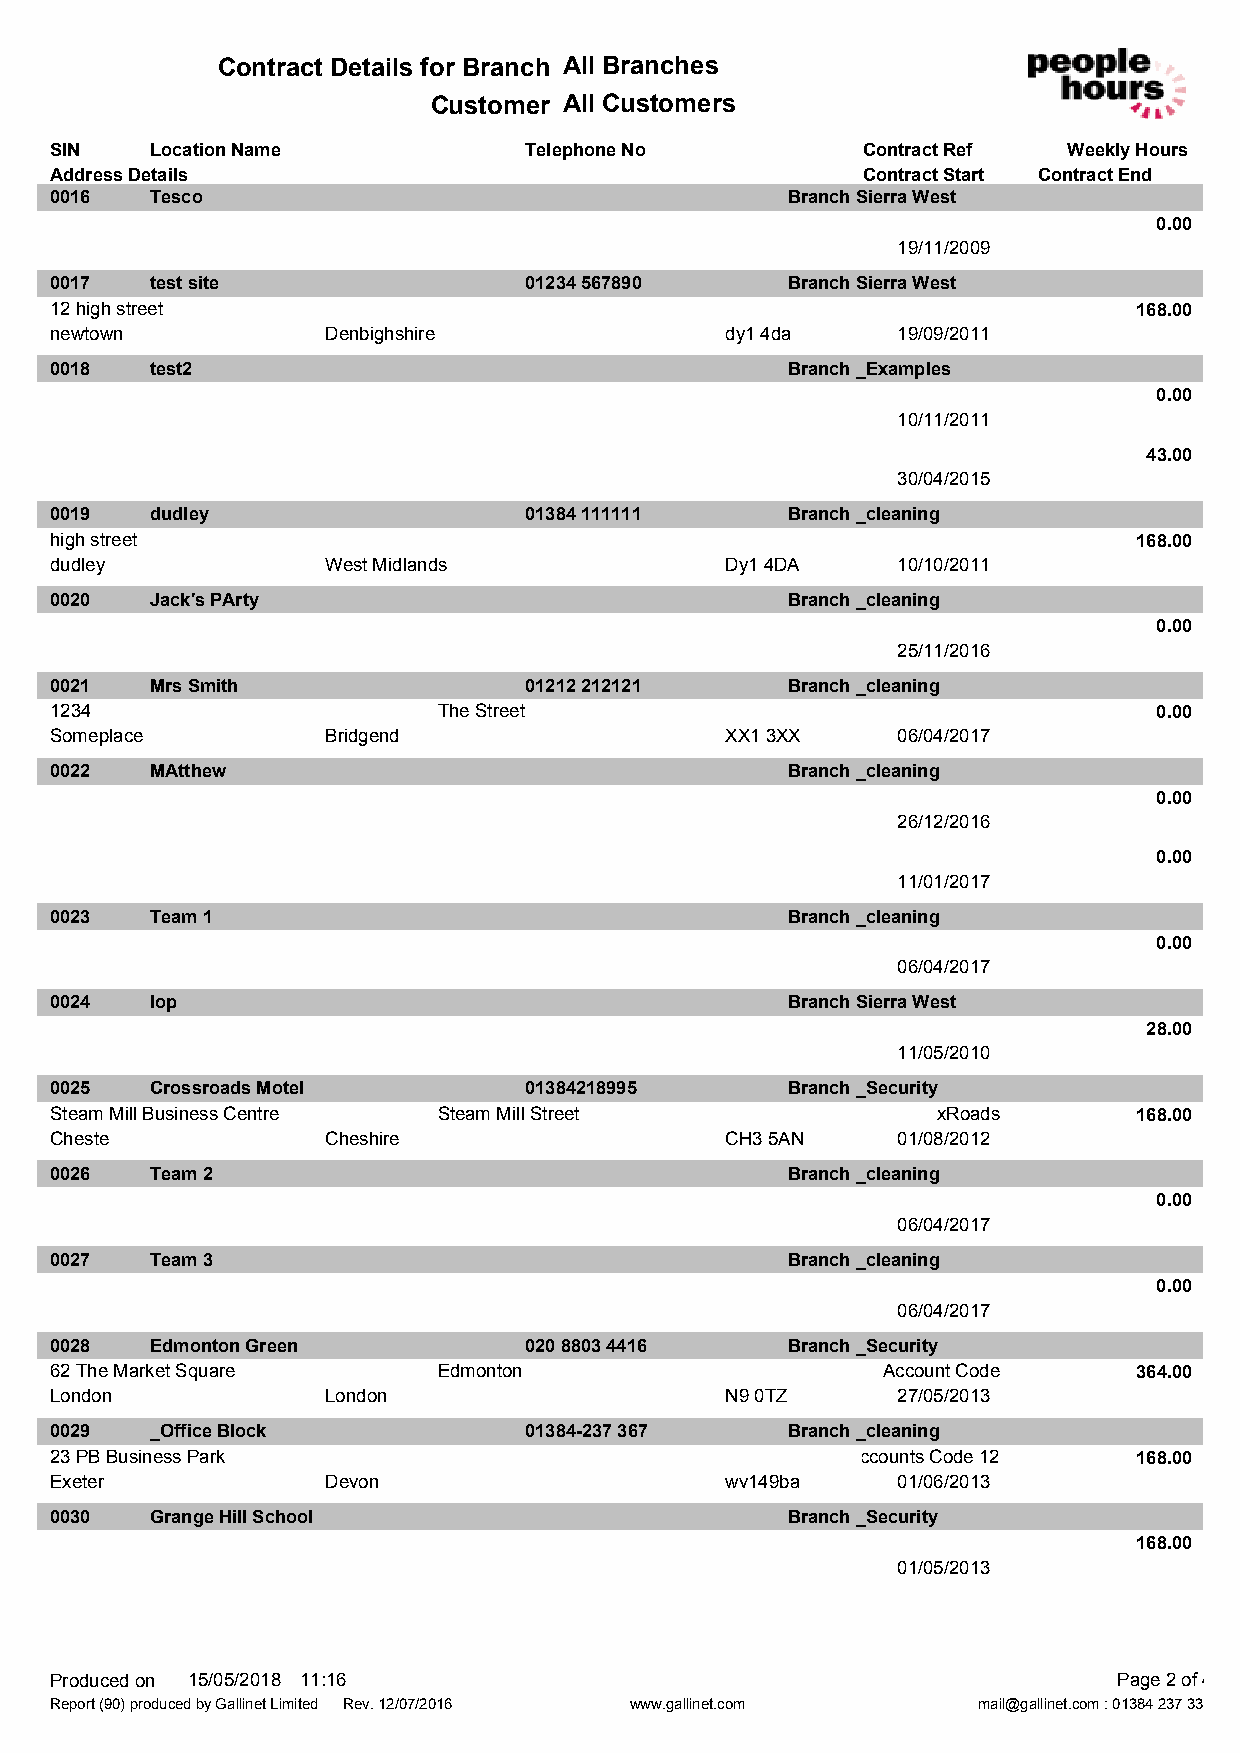
Contract Details for Branch All Branches
 Customer All Customers
 SIN    Location Name            Telephone No          Contract Ref  Weekly Hours
 Address Details                                       Contract Start Contract End
 0016   Tesco                                     Branch Sierra West
 0.00
 19/11/2009
 0017   test site                01234 567890     Branch Sierra West
 12 high street                                                          168.00
 newtown            Denbighshire              dy1 4da    19/09/2011
 0018   test2                                     Branch _Examples
 0.00
 10/11/2011
 43.00
 30/04/2015
 0019   dudley                   01384 111111     Branch _cleaning
 high street                                                             168.00
 dudley             West Midlands             Dy1 4DA    10/10/2011
 0020   Jack's PArty                              Branch _cleaning
 0.00
 25/11/2016
 0021   Mrs Smith                01212 212121     Branch _cleaning
 1234                      The Street                                      0.00
 Someplace          Bridgend                  XX1 3XX    06/04/2017
 0022   MAtthew                                   Branch _cleaning
 0.00
 26/12/2016
 0.00
 11/01/2017
 0023   Team 1                                    Branch _cleaning
 0.00
 06/04/2017
 0024   lop                                       Branch Sierra West
 28.00
 11/05/2010
 0025   Crossroads Motel         01384218995      Branch _Security
 Steam Mill Business Centre Steam Mill Street               xRoads       168.00
 Cheste             Cheshire                  CH3 5AN    01/08/2012
 0026   Team 2                                    Branch _cleaning
 0.00
 06/04/2017
 0027   Team 3                                    Branch _cleaning
 0.00
 06/04/2017
 0028   Edmonton Green           020 8803 4416    Branch _Security
 62 The Market Square      Edmonton                     Account Code     364.00
 London             London                    N9 0TZ     27/05/2013
 0029   _Office Block            01384-237 367    Branch _cleaning
 23 PB Business Park                                  Accounts Code 12   168.00
 Exeter             Devon                     wv149ba    01/06/2013
 0030   Grange Hill School                        Branch _Security
 168.00
 01/05/2013
 Produced on 15/05/2018 11:16                                           Page 2 of 4
 Report (90) produced by Gallinet Limited Rev. 12/07/2016 www.gallinet.com mail@gallinet.com : 01384 237 333